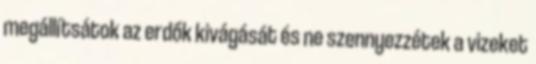
megállítsátok az erdők kivágását és ne szennyezzétek a vizeket